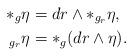
LaTeX: \begin{align*}*_g\eta&=dr\wedge*_{g_r}\eta,\\*_{g_r}\eta&=*_g(dr\wedge\eta).\end{align*}